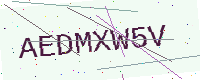
Text: AEDMXW5V